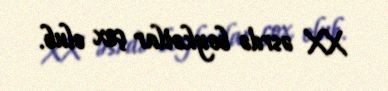
XX əsrdə boykotlar çox olub.